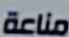
مناعة